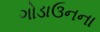
ગોડાઉનના